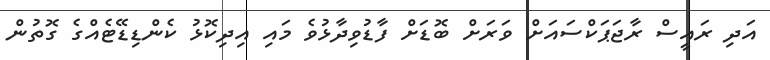
އަދި ރައީސް ރާޖަޕަކްސައަށް ވަރަށް ބޮޑަށް ފާޑުވިދާޅުވެ މައި އިދިކޮޅު ކެންޑިޑޭޓެއްގެ ގޮތުން